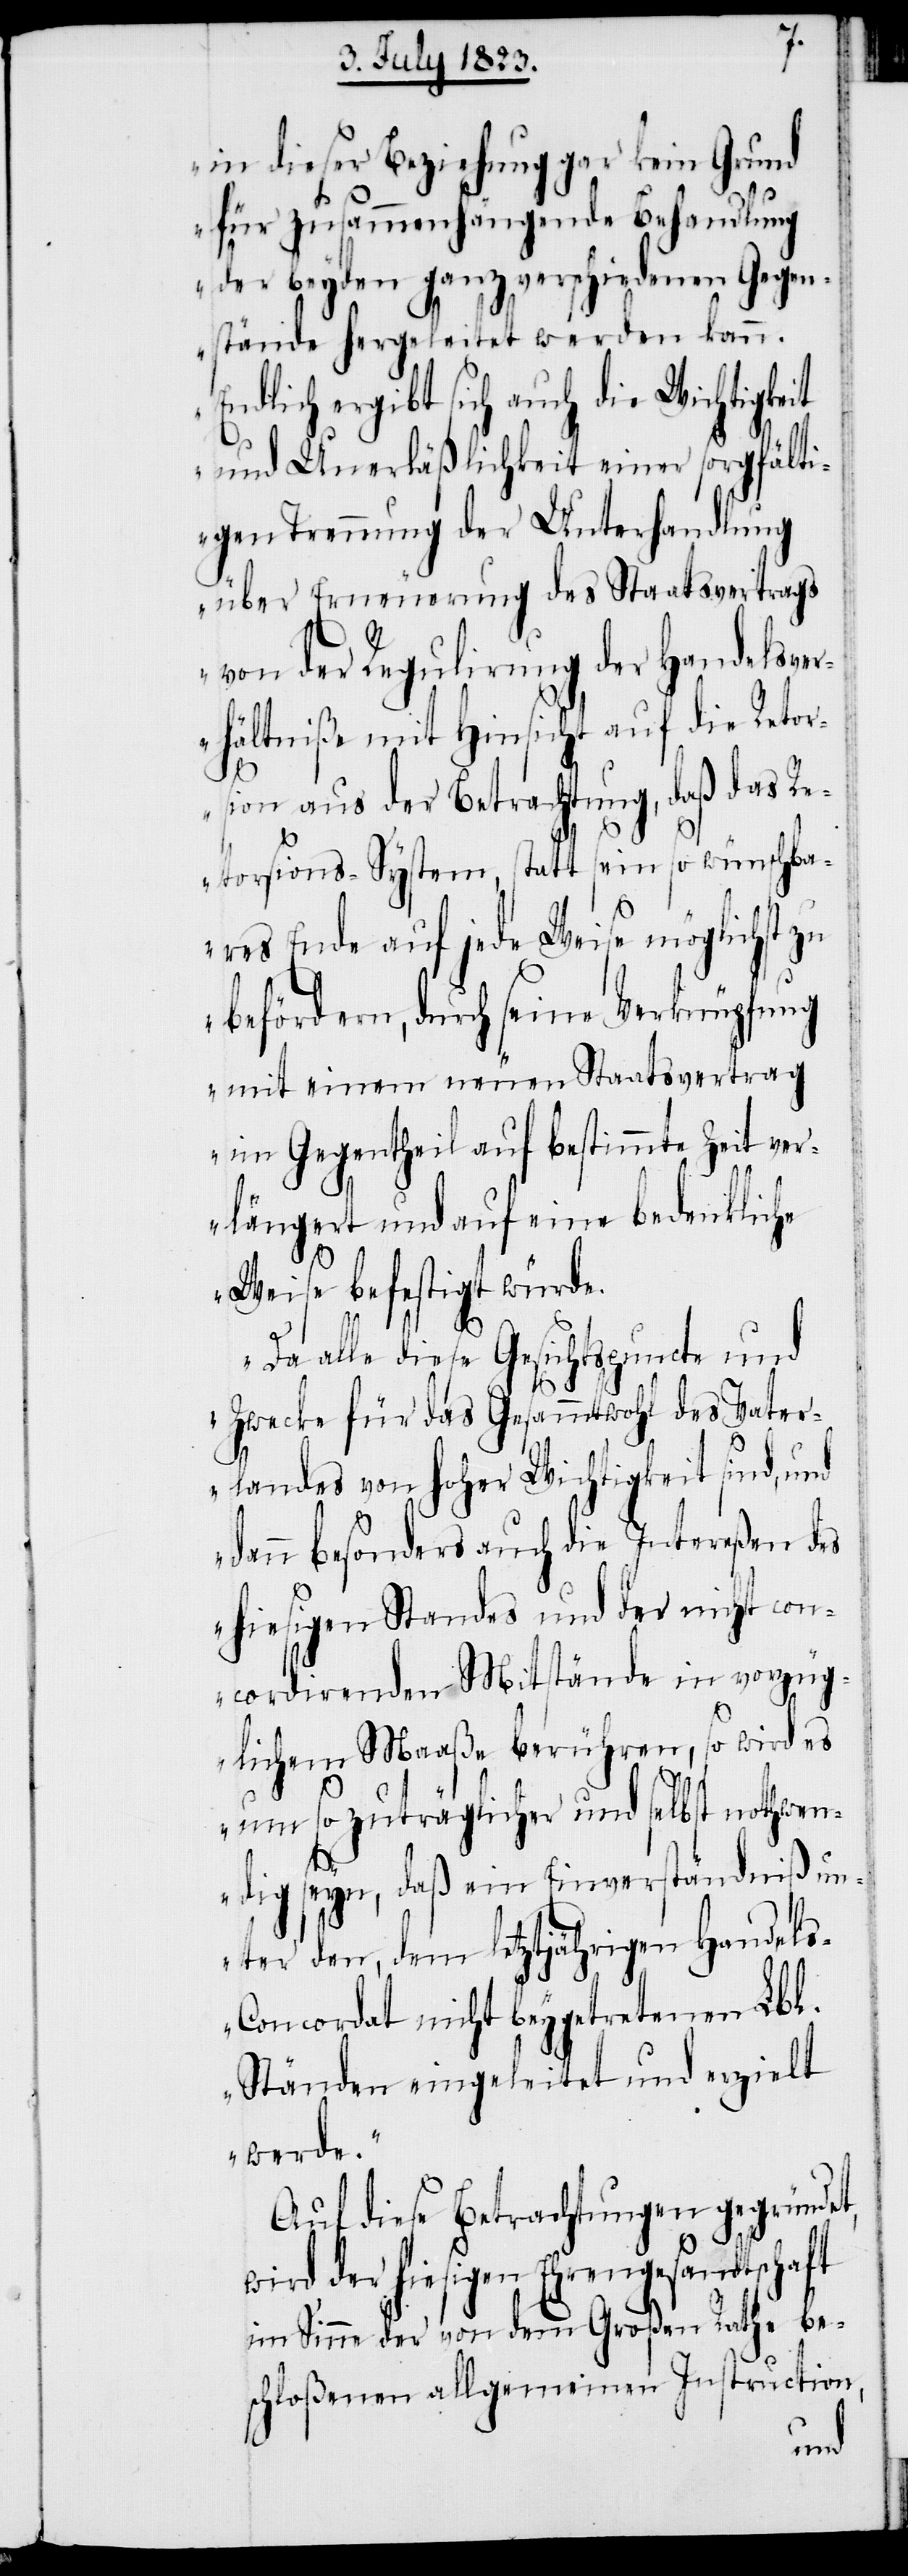
in dieser Beziehung gar kein Grund
für zusammenhängende Behandlung
der beyden ganz verschiedenen Gegen¬
stände hergeleitet werden kann.
Endlich ergibt sich auch die Wichtigkeit
und Unerläßlichkeit einer sorgfälti¬
gen Trennung der Unterhandlung
über Erneuerung des Staatsvertrags
von der Regulirung der Handelsv¬
erhältniße mit Hinsicht auf die Retor¬
sion aus der Betrachtung, daß das Re¬
torsions-System, statt sein so wünschba¬
res Ende auf jede Weise möglichst zu
befördern, durch seine Verknüpfung
mit einem neuen Staatsvertrag
im Gegentheil auf bestimmte Zeit ver¬
längert und auf eine bedenkliche
Weise befestigt würde.
Da alle diese Gesichtspuncte und
Zwecke für das Gesammtwohl des Vater¬
landes von hoher Wichtigkeit sind, und
dann besonders auch die Intereßen des
hiesigen Standes und der nicht con¬
cordirenden Mitstände in vorzüg¬
lichem Maaße berühren, so wird es
um so zuträglicher und selbst nothwen¬
dig seyn, daß ein Einverständniß un¬
ter den, dem letztjährigen Handel¬
s-Concordat nicht beygetretenen Lbl.
Ständen eingeleitet und erzielt
werde.“
Auf diese Betrachtungen gegründet,
wird der hiesigen Ehrengesandtschaft
im Sinne der von dem Großen Rathe be¬
schloßenen allgemeinen Instruction,